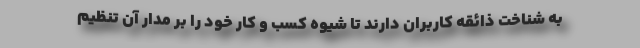
به شناخت ذائقه کاربران دارند تا شیوه کسب و کار خود را بر مدار آن تنظیم